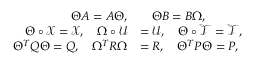
\begin{array} { r l } { \Theta A = A \Theta , } & { \quad \Theta B = B \Omega , } \\ { \Theta \circ \mathcal { X } = \mathcal { X } , \quad \Omega \circ \mathcal { U } } & { = \mathcal { U } , \quad \Theta \circ \mathcal { T } = \mathcal { T } , } \\ { \Theta ^ { T } Q \Theta = Q , \quad \Omega ^ { T } R \Omega } & { = R , \quad \Theta ^ { T } P \Theta = P , } \end{array}